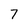
Character: 7